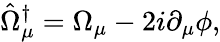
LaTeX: \hat{\Omega}_{\mu}^{\dagger}=\Omega_{\mu}-2i\partial_{\mu}\phi,